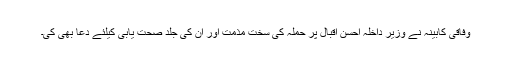
وفاقی کابینہ نے وزیر داخلہ احسن اقبال پر حملہ کی سخت مذمت اور ان کی جلد صحت یابی کیلئے دعا بھی کی۔